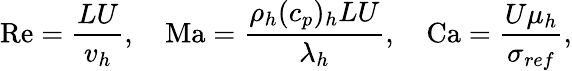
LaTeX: \mathrm{Re}=\frac{LU}{v_{h}},\quad\mathrm{Ma}=\frac{\rho_{h}(c_{p})_{h}LU}{\lambda_{h}},\quad\mathrm{Ca}=\frac{U\mu_{h}}{\sigma_{{ref}}},